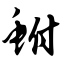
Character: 鲋